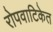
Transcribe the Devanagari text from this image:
रोपवाटिकेत